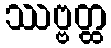
ဿဗ္ဗတ္ထ